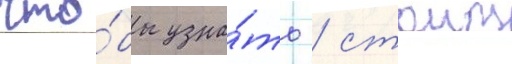
что́бы узна́ть / стоит